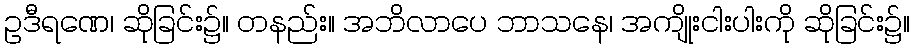
ဥဒီရဏေ၊ ဆိုခြင်း၌။ တနည်း။ အဘိလာပေ ဘာသနေ၊ အကျိုးငါးပါးကို ဆိုခြင်း၌။